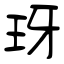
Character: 玡